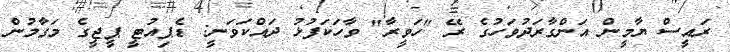
ރައީސް ޔާމީން އަންގާރަދުވަހުގެ ރޭ "ހަވީރާ" ވާހަކަފުޅު ދައްކަވަނީ: ޑެޕިއުޓީ ޕީޖީގެ މަގާމުން